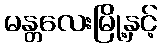
မန္တလေးမြို့နှင့်